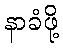
နာခံဖို့